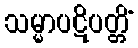
သမ္မာပဋိပတ္တိံ